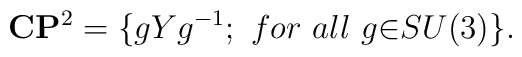
{\bf C}{\bf P}^2=\{gYg^{-1};~for ~all ~g{\in}SU(3)\}.